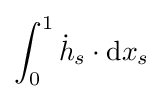
\int _{0}^{1}{\dot {h}}_{s}\cdot \mathrm {d} x_{s}